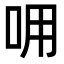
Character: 𠰩